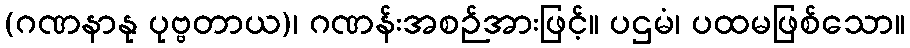
(ဂဏနာနု ပုဗ္ဗတာယ)၊ ဂဏန်းအစဉ်အားဖြင့်။ ပဌမံ၊ ပထမဖြစ်သော။